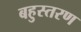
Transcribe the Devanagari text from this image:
बहुस्तरण